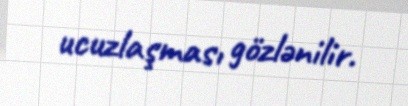
ucuzlaşması gözlənilir.